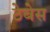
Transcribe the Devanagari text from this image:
ठेबेस